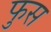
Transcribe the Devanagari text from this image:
फुस